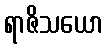
ရာဇိသယော